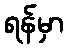
ရန်မှာ